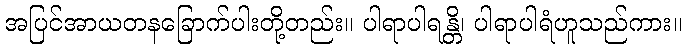
အပြင်အာယတနခြောက်ပါးတို့တည်း။ ပါရာပါရန္တိ၊ ပါရာပါရံဟူသည်ကား။